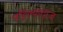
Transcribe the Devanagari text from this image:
पहिल्यांदाज